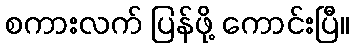
စကားလက် ပြန်ဖို့ ကောင်းပြီ။